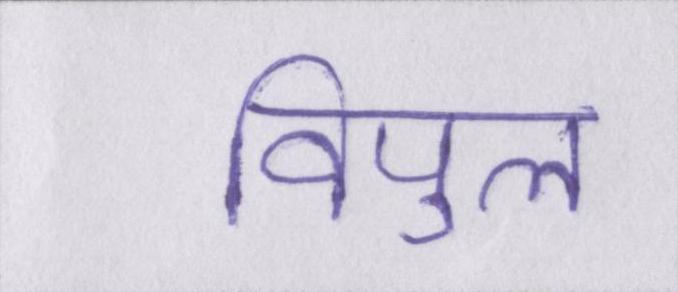
विपुल